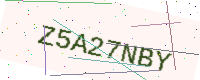
Text: Z5A27NBY